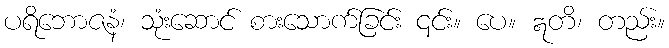
ပရိဘောဇနံ၊ သုံးဆောင် စားသောက်ခြင်း ၎င်း။ ပေ။ ဣတိ၊ တည်း။